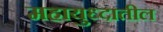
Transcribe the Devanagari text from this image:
महायुध्दातील